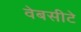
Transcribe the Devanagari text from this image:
वेबसीटे